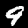
Label: 9